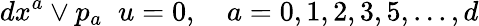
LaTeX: dx^{a}\vee p_{a}\; \; u=0,\quad a=0,1,2,3,5,...,d